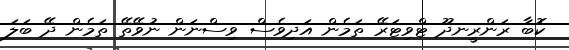
ކޮބާ ރަންރީނދޫ ޓްވިޓަރޭ ތަމެން އަދިވެސް ވިސްނަން ނުވޭތޭ ތަމެން ދޭ ބަލަ